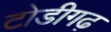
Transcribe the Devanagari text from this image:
टोडीगढ़